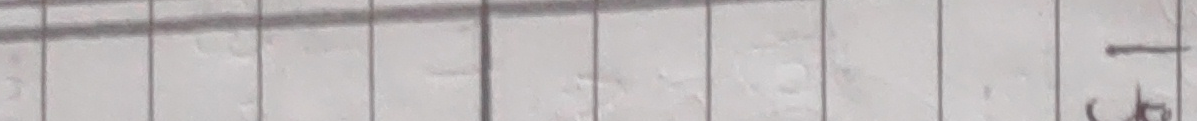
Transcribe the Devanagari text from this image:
१/५